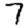
Digit: 7